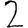
Digit: 2